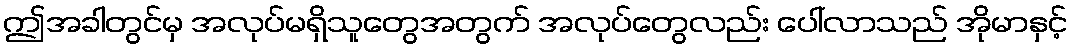
ဤအခါတွင်မှ အလုပ်မရှိသူတွေအတွက် အလုပ်တွေလည်း ပေါ်လာသည် အိုမာနှင့်